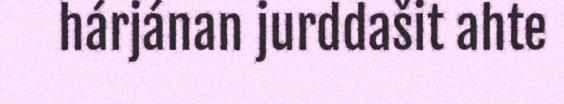
hárjánan jurddašit ahte